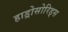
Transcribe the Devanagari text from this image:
हाड्रोसोरिड्स